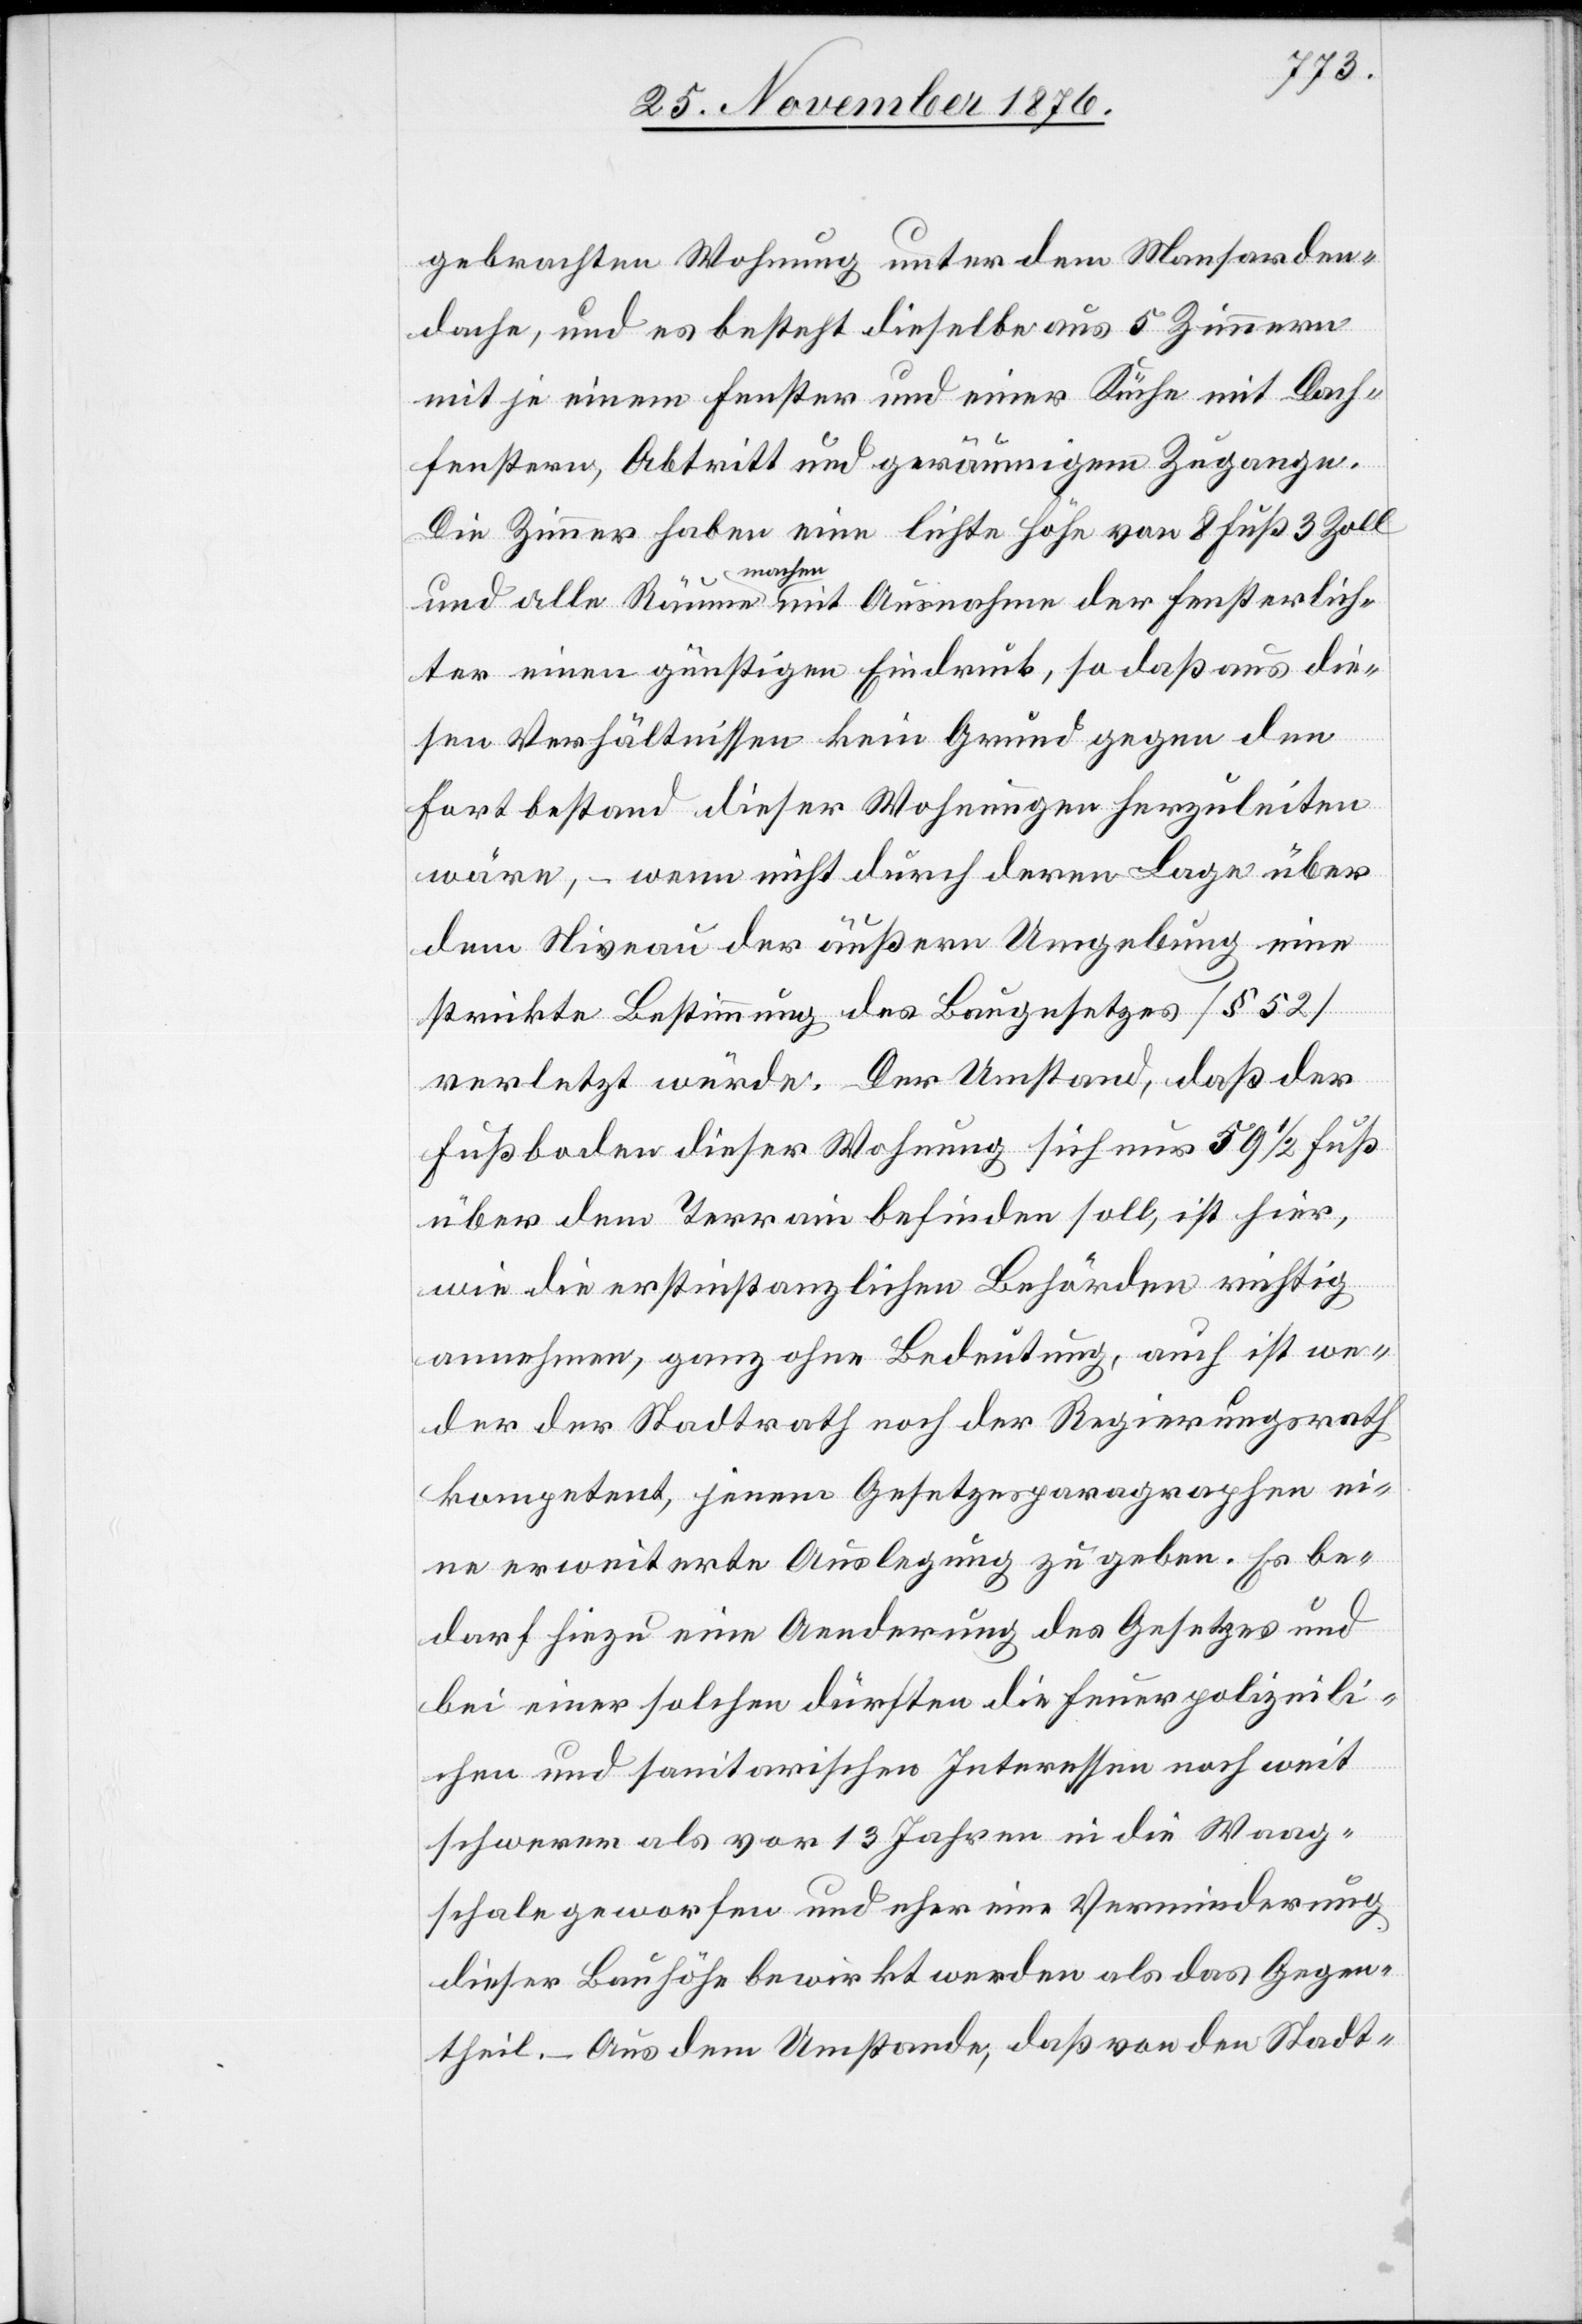
gebrachten Wohnung unter dem Mansarden¬
dache, und es besteht dieselbe aus 5 Zimmern
mit je einem Fenster und einer Küche mit Dach¬
fenstern, Abtritt und geräumigem Zugange.
Die Zimmer haben eine lichte Höhe von 8 Fuß 3 Zoll
und alle Räume machen mit Ausnahme der Fensterlich¬
ter einen günstigen Eindruck, so daß aus die¬
sen Verhältnissen kein Grund gegen den
Fortbestand dieser Wohnungen herzuleiten
wäre, – wenn nicht durch deren Lage über
dem Niveau der äußern Umgebung eine
strikte Bestimmung des Baugesetzes [§ 52]
verletzt würde. Der Umstand, daß der
Fußboden dieser Wohnung sich nur 59 1/2 Fuß
über dem Terrain befinden soll, ist hier,
wie die erstinstanzlichen Behörden richtig
annehmen, ganz ohne Bedeutung, auch ist we¬
der der Stadtrath noch der Regierungsrath
kompetent, jenem Gesetzesparagraphen ei¬
ne erweiterte Auslegung zu geben. Es be¬
darf hiezu eine Aenderung des Gesetzes und
bei einer solchen dürften die feuerpolizeili¬
chen und sanitarischen Interessen noch weit
schwerer als vor 13 Jahren in die Waag¬
schale geworfen und eher eine Verminderung
dieser Bauhöhe bewirkt werden als das Gegen¬
theil. – Aus dem Umstande, daß von den Stadt-